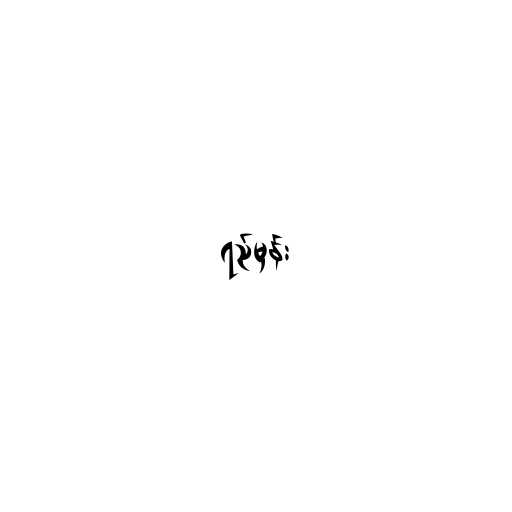
ရည်မှန်း